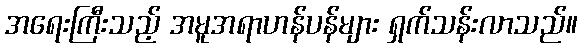
အရေးကြီးသည့် အမူအရာဟန်ပန်များ ရှက်သန်းလာသည်။